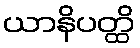
ယာနိပတ္ထိ